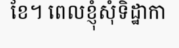
ខែ។ ពេលខ្ញុំសុំទិដ្ឋាកា